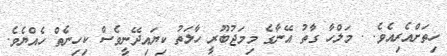
ހިތަށްއެރިއެވެ. . މަލްހާ ގާތު އޭނާގެ މިމަޖުބޫރީ ހާލަތު ކިޔައިދޭނީވެސް ކިހިނެތް ހެއްޔެވެ.